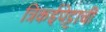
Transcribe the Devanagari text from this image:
त्रिकईपेट्टाची